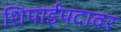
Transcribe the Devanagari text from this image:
शिपाईपदावर